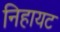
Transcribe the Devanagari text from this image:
निहायट